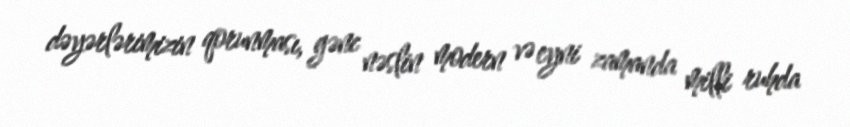
dəyərlərimizin qorunması, gənc nəslin modern və eyni zamanda milli ruhda